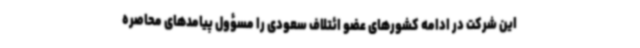
این شرکت در ادامه کشورهای عضو ائتلاف سعودی را مسؤول پیامدهای محاصره